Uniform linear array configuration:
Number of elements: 32
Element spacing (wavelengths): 0.5
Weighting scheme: hann
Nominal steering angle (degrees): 60
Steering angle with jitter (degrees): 58.295
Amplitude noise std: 0.05
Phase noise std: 0.05

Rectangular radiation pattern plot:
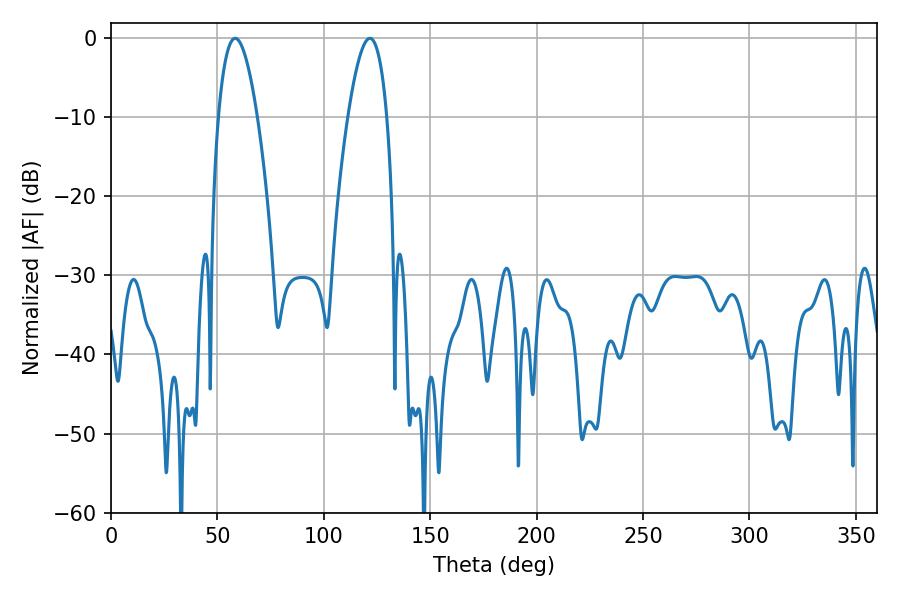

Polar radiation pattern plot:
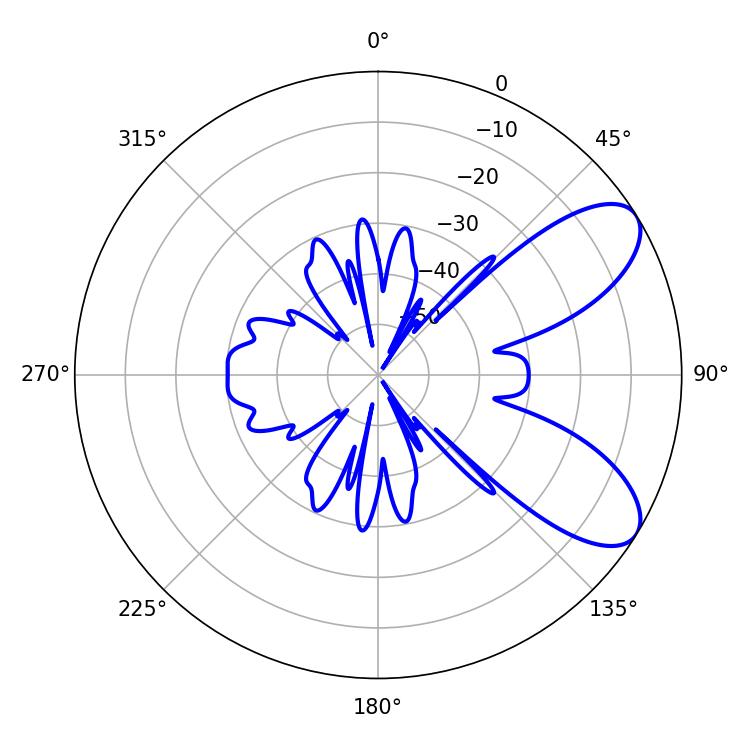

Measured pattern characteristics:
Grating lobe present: FALSE
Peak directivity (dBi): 7.927
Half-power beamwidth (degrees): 10.08
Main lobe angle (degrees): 58.32